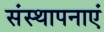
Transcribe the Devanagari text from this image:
संस्थापनाएं